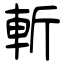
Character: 斬